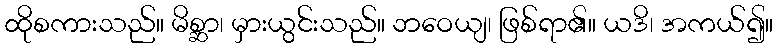
ထိုစကားသည်။ မိစ္ဆာ၊ မှားယွင်းသည်။ ဘဝေယျ၊ ဖြစ်ရာ၏။ ယဒိ၊ အကယ်၍။